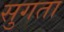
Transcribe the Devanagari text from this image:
सुगता